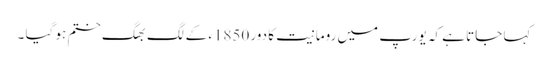
کہا جاتا ہے کہ یورپ میں رومانیت کا دور 1850ء کے لگ بھگ ختم ہو گیا ۔